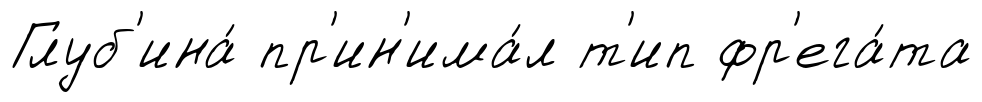
Глуб'ина́ пр'ин'има́л т'ип фр'ега́та